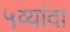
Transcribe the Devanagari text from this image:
५व्यांदा